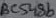
Text: BC548b